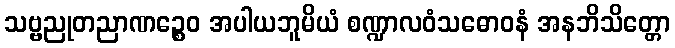
သဗ္ဗညုတညာဏဉ္စေဝ အပါယဘူမိယံ စဏ္ဍာလဝံသဓောဝနံ အနဘိသိတ္တော